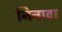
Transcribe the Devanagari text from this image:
निनावा